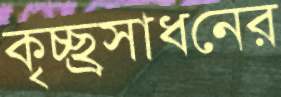
কৃচ্ছ্রসাধনের